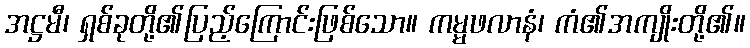
အဋ္ဌမီ၊ ရှစ်ခုတို့၏ပြည့်ကြောင်းဖြစ်သော။ ကမ္မဖလာနံ၊ ကံ၏အကျိုးတို့၏။